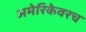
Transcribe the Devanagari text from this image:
अमेरिकेवरच